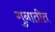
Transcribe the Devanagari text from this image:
गुनातीत